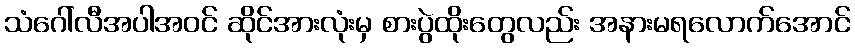
သံဂေါ်လီအပါအဝင် ဆိုင်အားလုံးမှ စားပွဲထိုးတွေလည်း အနားမရလောက်အောင်